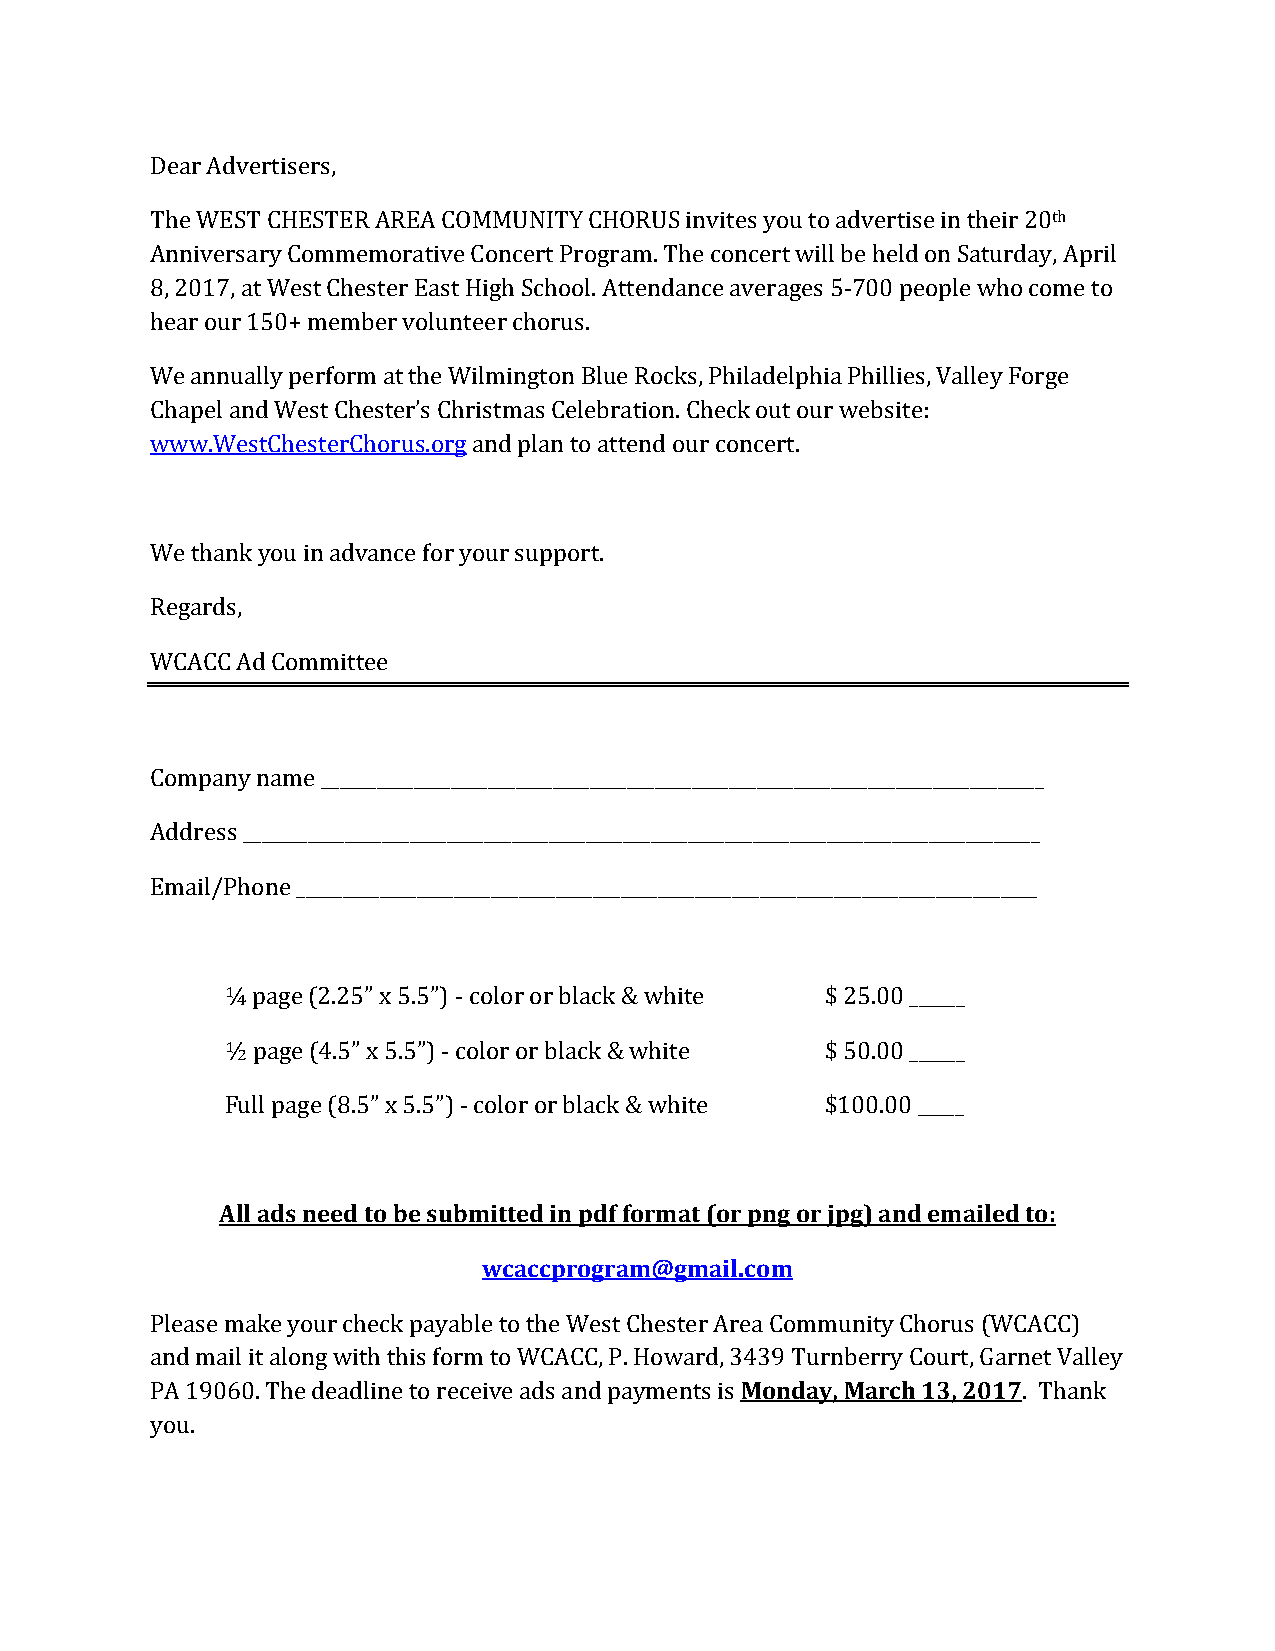
Dear Advertisers,
 th
 The WEST CHESTER AREA COMMUNITY CHORUS invites you to advertise in their 20
 Anniversary Commemorative Concert Program. The concert will be held on Saturday, April
 8, 2017, at West Chester East High School. Attendance averages 5-700 people who come to
 hear our 150+ member volunteer chorus.
 We annually perform at the Wilmington Blue Rocks, Philadelphia Phillies, Valley Forge
 Chapel and West Chester’s Christmas Celebration. Check out our website:
 www.WestChesterChorus.org and plan to attend our concert.
 We thank you in advance for your support.
 Regards,
 WCACC Ad Committee
 Company name ______________________________________________________________________________
 Address ______________________________________________________________________________________
 Email/Phone ________________________________________________________________________________
 ¼ page (2.25” x 5.5”) - color or black & white $ 25.00 ______
 ½ page (4.5” x 5.5”) - color or black & white $ 50.00 ______
 Full page (8.5” x 5.5”) - color or black & white $100.00 _____
 All ads need to be submitted in pdf format (or png or jpg) and emailed to:
 wcaccprogram@gmail.com
 Please make your check payable to the West Chester Area Community Chorus (WCACC)
 Monday, March 13, 2017
 and mail it along with this form to WCACC, P. Howard, 3439 Turnberry Court, Garnet Valley
 PA 19060. The deadline to receive ads and payments is     . Thank
 you.